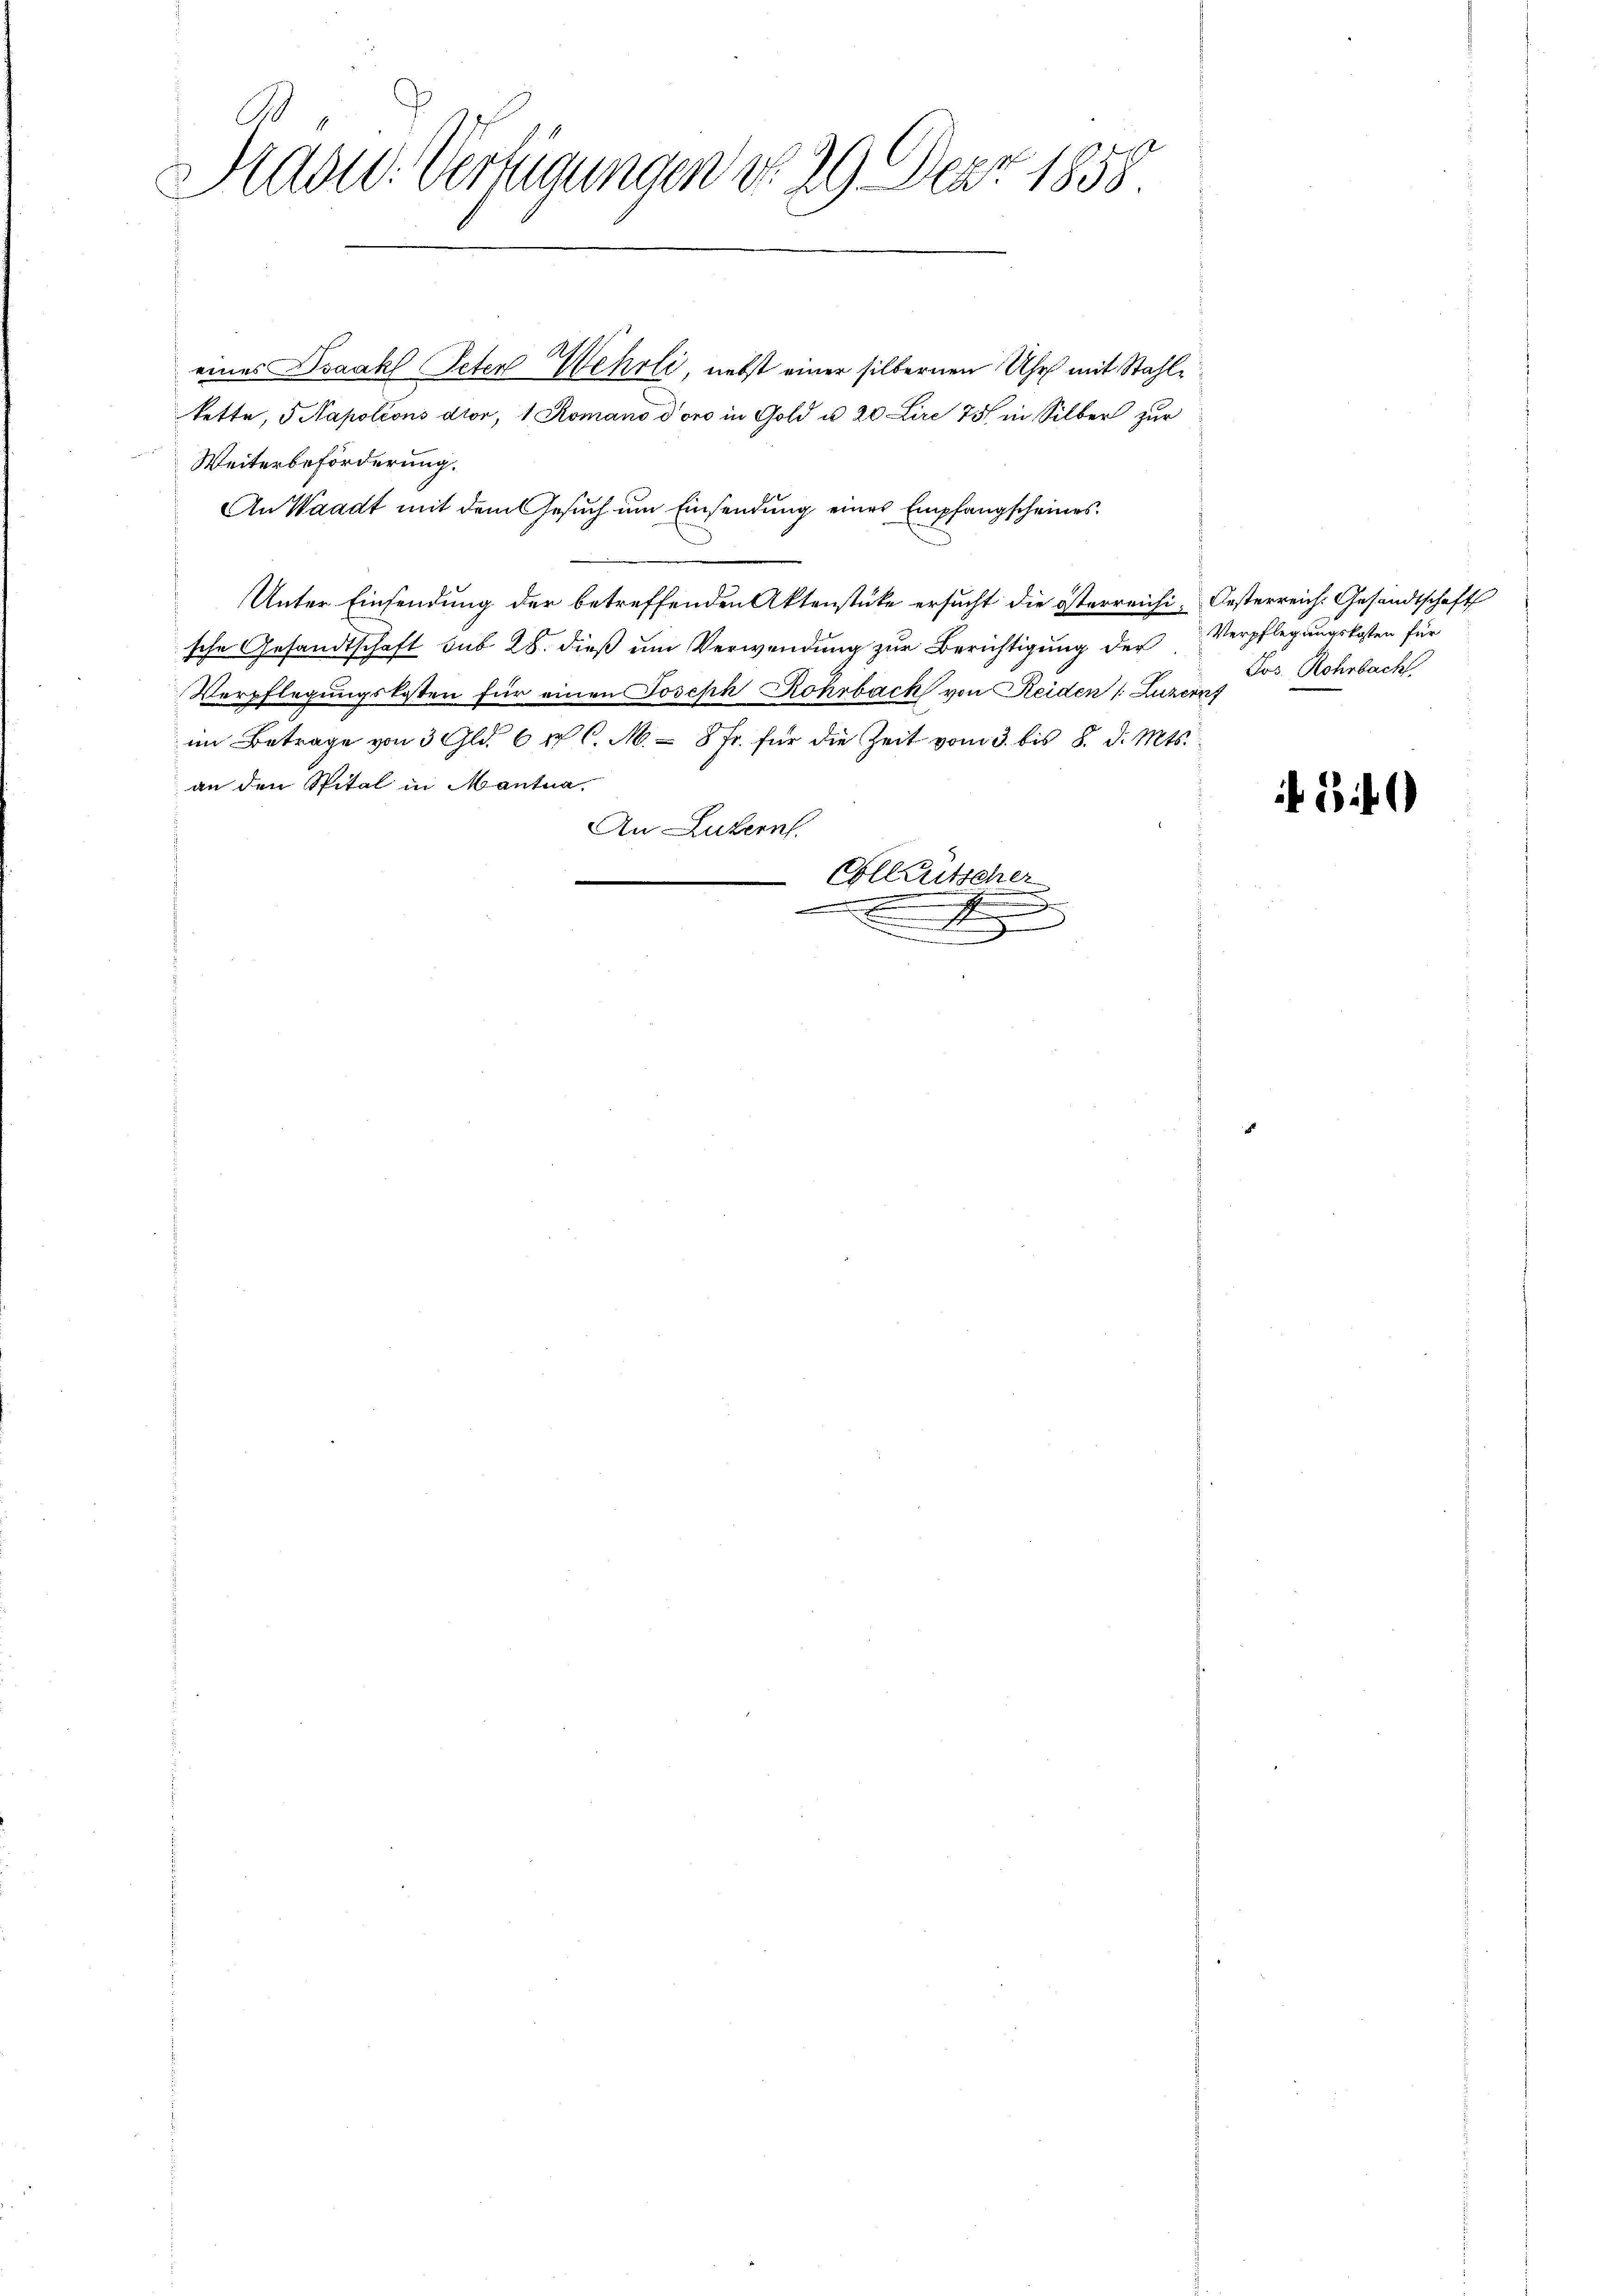
Aidad: Verzigungen d. 29. Der 1858.

eines Isaakl Peter Wehrli, nebst einer silbernen Uhr mit Stahlkette, 5 Napoleons dtor, 1 Romano dono in Gold u. 20 Lire 75 in Silber zur
Weiterbeförderung.
An Waadt mit dem Gesuch um Einsendung eines Empfangscheines
Unter Einsendung der betreffenden Aktenstücke ersucht die österreichi- Oesterreich. Gesandtschaft
sche Gesandtschaft sub 28. dieß um Verwendung zur Berichtigung der Verpflegungskosten für
Verpflegungskosten für einen Joseph Rohrbach von Reiden (Luzern,
im Betrage von 3 Gld. 6 u C. M. = 8 Fr. für die Zeit vom 3. bis 8. d. Mts.
an den Spital in Mantua
e
An Luzern.
Ollrutscher
.

u
.
J
.
.

Jos. Rohrbach.

540